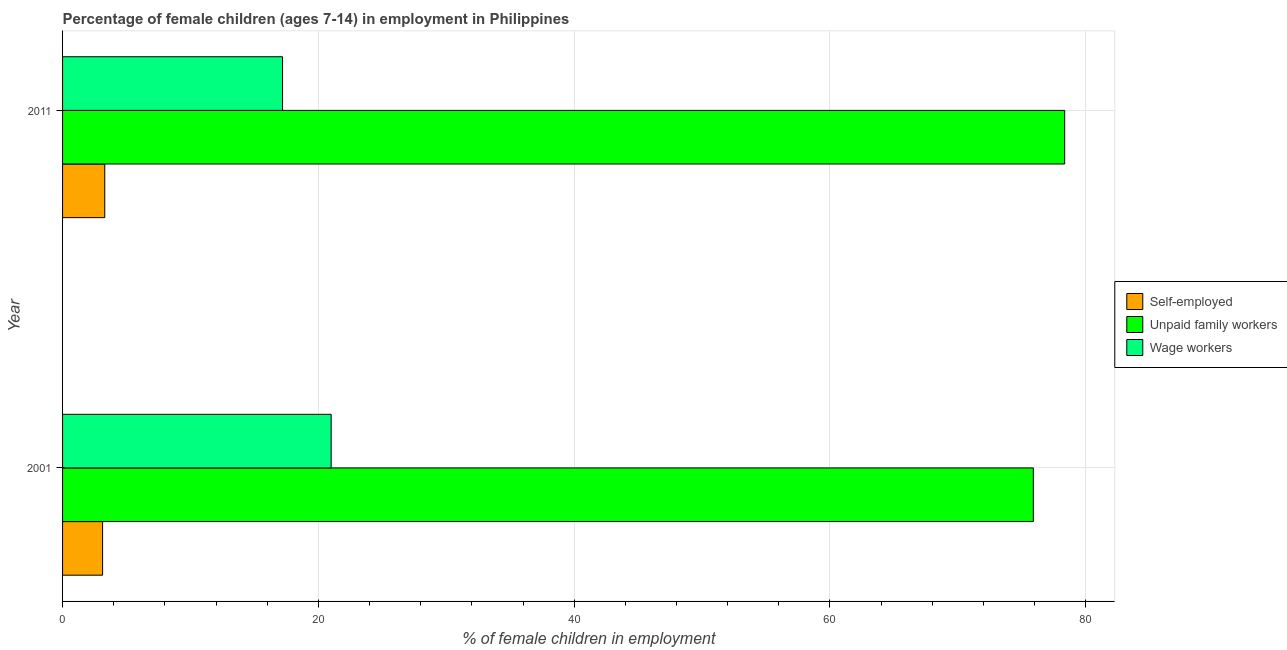
| Year | Self-employed | Unpaid family workers | Wage workers |
 | --- | --- | --- | --- |
 | 2001 | 3.13 | 75.9 | 21 |
 | 2011 | 3.3 | 78.3 | 17.2 |